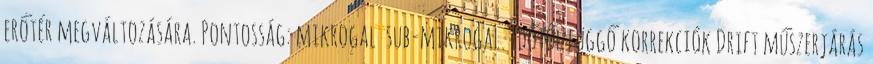
erőtér megváltozására. Pontosság: mikrogal sub-mikrogal. Időtől függő korrekciók Drift műszerjárás